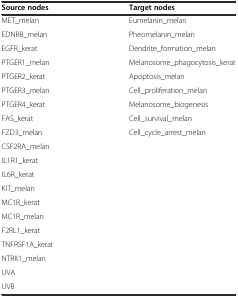
| Source nodes | Target nodes |
 | --- | --- |
 | MET_melan | Eumelanin_melan |
 | EDNRB_melan | Pheomelanin_melan |
 | EGFR_kerat | Dendrite_formation_melan |
 | PTGER1_melan | Melanosome_phagocytosis_kerat |
 | PTGER2_kerat | Apoptosis_melan |
 | PTGER3_melan | Cell_proliferation_melan |
 | PTGER4_kerat | Melanosome_biogenesis |
 | FAS_kerat | Cell_survival_melan |
 | FZD3_melan | Cell_cycle_arrest_melan |
 | CSF2RA_melan |  |
 | IL1R1_kerat |  |
 | IL6R_kerat |  |
 | KIT_melan |  |
 | MC1R_kerat |  |
 | MC1R_melan |  |
 | F2RL1_kerat |  |
 | TNFRSF1A_kerat |  |
 | NTRK1_melan |  |
 | UVA |  |
 | UVB |  |